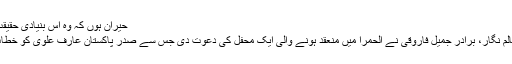
حیران ہوں کہ وہ اس بنیادی حقیقت کو ہی…
اینکر اور کالم نگار، برادر جمیل فاروقی نے الحمرا میں منعقد ہونے والی ایک محفل کی دعوت دی جس سے صدر پاکستان عارف علوی کو خطاب کرنا تھا۔